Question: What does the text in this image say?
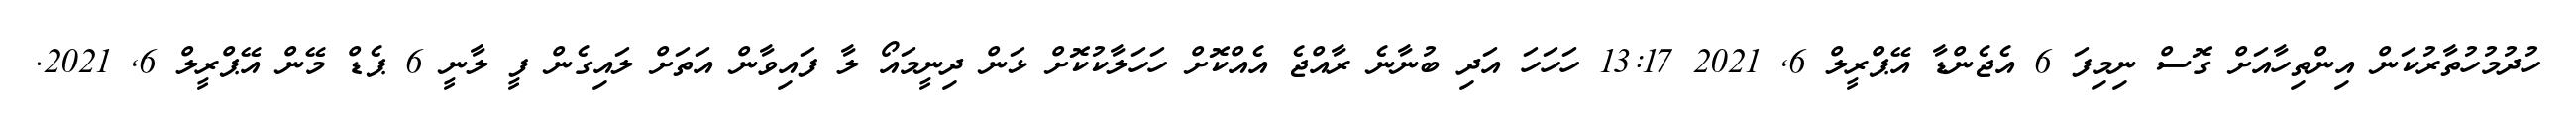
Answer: ހުދުމުހުތާރުކަން އިންތިހާއަށް ގޮސް ނިމިފަ 6 އެޖެންޑާ އޭޕްރީލް 6, 2021 13:17 ހަހަހަ އަދި ބުނާނެ ރާއްޖެ އެއްކޮށް ހަހަލާކުކޮށް ޅަން ދިނީމައޯ ލާ ފައިވާން އަތަށް ލައިގެން ފީ ލާނީ 6 ޕެޑް މޭން އޭޕްރީލް 6, 2021.